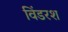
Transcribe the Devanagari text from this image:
विंडरश